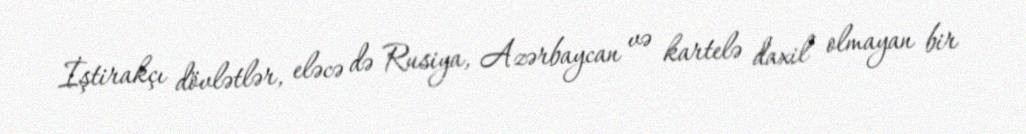
İştirakçı dövlətlər, eləcə də Rusiya, Azərbaycan və kartelə daxil olmayan bir